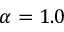
\alpha = 1 . 0